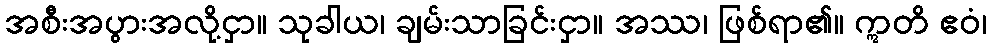
အစီးအပွားအလို့ငှာ။ သုခါယ၊ ချမ်းသာခြင်းငှာ။ အဿ၊ ဖြစ်ရာ၏။ ဣတိ ဧဝံ၊